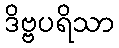
ဒိဗ္ဗပရိသာ